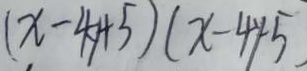
( x - 4 y + 5 ) ( x - 4 y - 5